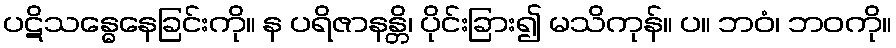
ပဋိသန္ဓေနေခြင်းကို။ န ပရိဇာနန္တိ၊ ပိုင်းခြား၍ မသိကုန်။ ပ။ ဘဝံ၊ ဘဝကို။